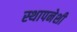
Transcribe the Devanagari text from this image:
स्थापनेशी